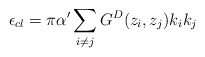
\begin{align*}\epsilon_{cl} = \pi\alpha^{\prime}\sum_{i\neq j}G^D(z_i,z_j)k_ik_j\end{align*}